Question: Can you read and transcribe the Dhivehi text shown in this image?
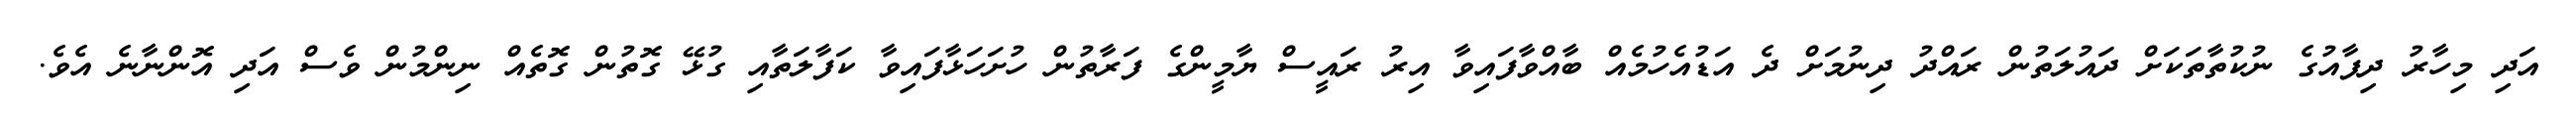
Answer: އަދި މިހާރު ދިފާއުގެ ނުކުތާތަކަށް ދައުލަތުން ރައްދު ދިނުމަށް ދެ އަޑުއެހުމެއް ބާއްވާފައިވާ އިރު ރައީސް ޔާމީންގެ ފަރާތުން ހުށަހަޅާފައިވާ ކަފާލަތާއި ގުޅޭ ގޮތުން ގޮތެއް ނިންމުން ވެސް އަދި އޮންނާނެ އެވެ.